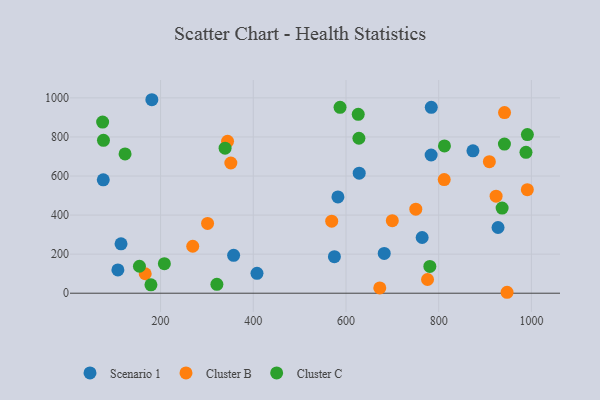
{"axis": {"x": "Distance", "y": "Demand"}, "legend": ["Cluster B", "Cluster C", "Scenario 1"], "data": [{"x": "408.0", "y": 101.9, "type": "Scenario 1"}, {"x": "628.5", "y": 614.7, "type": "Scenario 1"}, {"x": "783.7", "y": 707.6, "type": "Scenario 1"}, {"x": "764.3", "y": 285.1, "type": "Scenario 1"}, {"x": "928.0", "y": 336.4, "type": "Scenario 1"}, {"x": "873.9", "y": 728.8, "type": "Scenario 1"}, {"x": "582.6", "y": 492.7, "type": "Scenario 1"}, {"x": "682.5", "y": 203.5, "type": "Scenario 1"}, {"x": "181.2", "y": 990.5, "type": "Scenario 1"}, {"x": "76.4", "y": 580.4, "type": "Scenario 1"}, {"x": "784.0", "y": 951.5, "type": "Scenario 1"}, {"x": "114.7", "y": 252.9, "type": "Scenario 1"}, {"x": "357.6", "y": 193.9, "type": "Scenario 1"}, {"x": "107.9", "y": 119.3, "type": "Scenario 1"}, {"x": "575.0", "y": 187.1, "type": "Scenario 1"}, {"x": "672.9", "y": 27.0, "type": "Cluster B"}, {"x": "269.4", "y": 240.4, "type": "Cluster B"}, {"x": "942.0", "y": 924.9, "type": "Cluster B"}, {"x": "923.8", "y": 497.0, "type": "Cluster B"}, {"x": "166.9", "y": 99.6, "type": "Cluster B"}, {"x": "775.9", "y": 70.2, "type": "Cluster B"}, {"x": "301.4", "y": 357.4, "type": "Cluster B"}, {"x": "947.5", "y": 4.8, "type": "Cluster B"}, {"x": "991.2", "y": 530.0, "type": "Cluster B"}, {"x": "750.6", "y": 430.0, "type": "Cluster B"}, {"x": "811.9", "y": 581.6, "type": "Cluster B"}, {"x": "569.2", "y": 368.9, "type": "Cluster B"}, {"x": "344.5", "y": 777.6, "type": "Cluster B"}, {"x": "909.3", "y": 673.2, "type": "Cluster B"}, {"x": "699.9", "y": 371.1, "type": "Cluster B"}, {"x": "351.6", "y": 666.5, "type": "Cluster B"}, {"x": "626.4", "y": 915.6, "type": "Cluster C"}, {"x": "991.3", "y": 812.0, "type": "Cluster C"}, {"x": "123.4", "y": 713.0, "type": "Cluster C"}, {"x": "587.2", "y": 951.5, "type": "Cluster C"}, {"x": "339.2", "y": 742.3, "type": "Cluster C"}, {"x": "936.8", "y": 435.6, "type": "Cluster C"}, {"x": "812.4", "y": 753.8, "type": "Cluster C"}, {"x": "75.0", "y": 876.3, "type": "Cluster C"}, {"x": "780.9", "y": 137.1, "type": "Cluster C"}, {"x": "321.5", "y": 45.7, "type": "Cluster C"}, {"x": "179.2", "y": 42.8, "type": "Cluster C"}, {"x": "627.9", "y": 793.3, "type": "Cluster C"}, {"x": "208.2", "y": 151.4, "type": "Cluster C"}, {"x": "941.8", "y": 763.6, "type": "Cluster C"}, {"x": "76.8", "y": 782.7, "type": "Cluster C"}, {"x": "154.4", "y": 138.0, "type": "Cluster C"}, {"x": "988.3", "y": 721.3, "type": "Cluster C"}]}